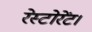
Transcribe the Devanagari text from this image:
रेस्टोरेंट।